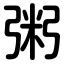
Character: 粥